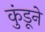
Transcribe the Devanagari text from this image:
कुंडूने